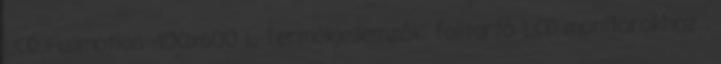
LCD Fullmotion 400x600 L Termékjellemzők: falitartó LCD monitorokhoz .